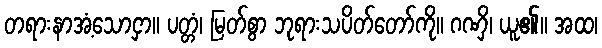
တရားနာအံ့သောငှာ။ ပတ္တံ၊ မြတ်စွာ ဘုရားသပိတ်တော်ကို။ ဂဏှိ၊ ယူ၏။ အထ၊